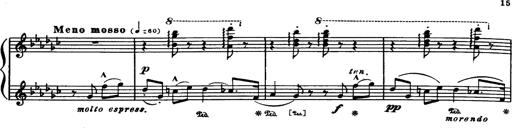
Title: Danza sacra e duetto finale dâ€™Aida
Composer: Franz Liszt